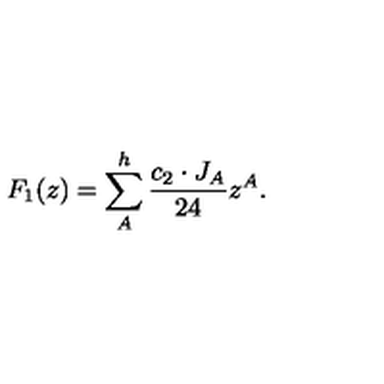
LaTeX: F _ { 1 } ( z ) = \sum _ { A } ^ { h } { \frac { c _ { 2 } \cdot J _ { A } } { 2 4 } } z ^ { A } .